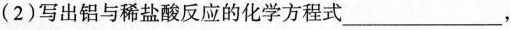
(2)写出铝与稀盐酸反应的化学方程式___,